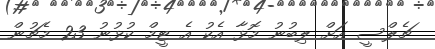
ޗެލްސީ އަށް ލިބުނު މޮޅާ އެކު އެ ޓީމް ކުޅުނު 23 މެޗުން